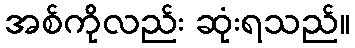
အစ်ကိုလည်း ဆုံးရသည်။